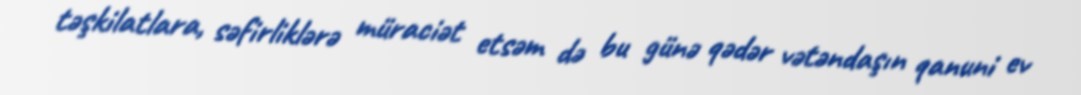
təşkilatlara, səfirliklərə müraciət etsəm də bu günə qədər vətəndaşın qanuni ev